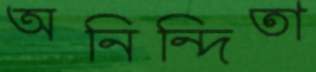
অনিন্দিতা